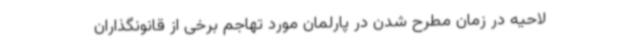
لاحیه در زمان مطرح شدن در پارلمان مورد تهاجم برخی از قانونگذاران